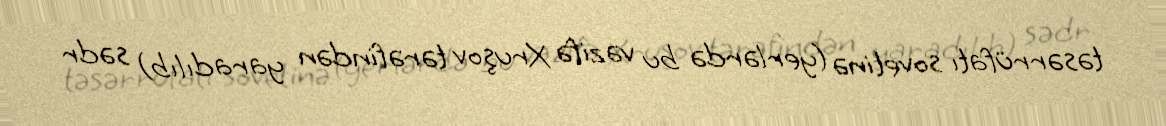
təsərrüfatı sovetinə (yerlərdə bu vəzifə Xruşov tərəfindən yaradılıb) sədr